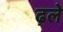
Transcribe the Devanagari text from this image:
ढ़ले